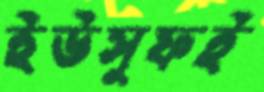
ইউসুফই